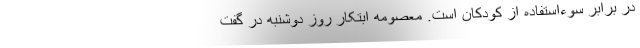
در برابر سوءاستفاده از کودکان است. معصومه ابتکار روز دوشنبه در گفت